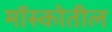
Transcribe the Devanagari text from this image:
मॉस्कोतील